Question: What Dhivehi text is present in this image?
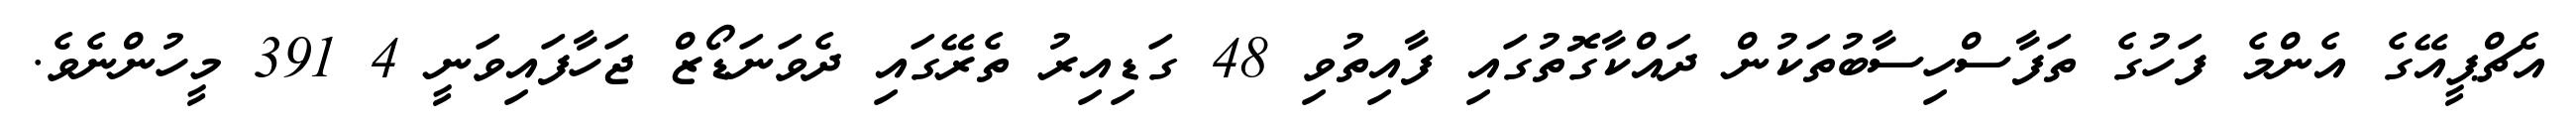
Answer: އެޗްޕީއޭގެ އެންމެ ފަހުގެ ތަފާސްހިސާބުތަކުން ދައްކާގޮތުގައި ފާއިތުވި 48 ގަޑިއިރު ތެރޭގައި ދެވަނަޑޯޒް ޖަހާފައިވަނީ 4 391 މީހުންނެވެ.